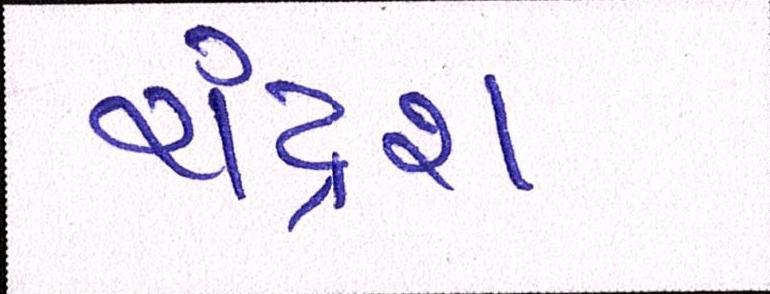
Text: ચંદ્રેશ